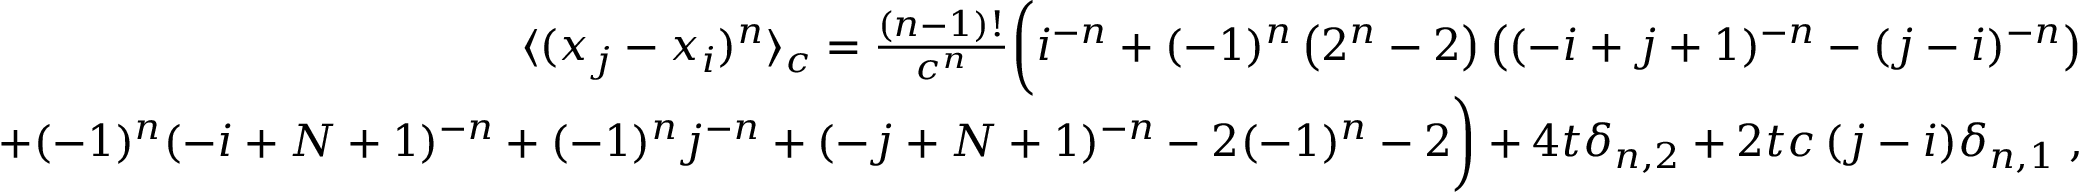
\begin{array} { r l r } & { } & { \langle ( x _ { j } - x _ { i } ) ^ { n } \rangle _ { c } = \frac { ( n - 1 ) ! } { c ^ { n } } \bigg ( i ^ { - n } + ( - 1 ) ^ { n } \left( 2 ^ { n } - 2 \right) \left( ( - i + j + 1 ) ^ { - n } - ( j - i ) ^ { - n } \right) } \\ & { } & { + ( - 1 ) ^ { n } ( - i + N + 1 ) ^ { - n } + ( - 1 ) ^ { n } j ^ { - n } + ( - j + N + 1 ) ^ { - n } - 2 ( - 1 ) ^ { n } - 2 \bigg ) + 4 t \delta _ { n , 2 } + 2 t { c \, ( j - i ) } \delta _ { n , 1 } \; , } \end{array}